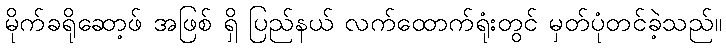
မိုက်ခရိုဆော့ဖ် အဖြစ် ရှိ ပြည်နယ် လက်ထောက်ရုံးတွင် မှတ်ပုံတင်ခဲ့သည်။